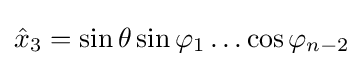
{\hat {x}}_{3}=\sin \theta \sin \varphi _{1}\ldots \cos \varphi _{n-2}